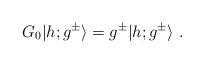
LaTeX: \begin{align*}G_0\vert h;g^\pm \rangle=g^\pm \vert h;g^\pm \rangle{}~.\end{align*}